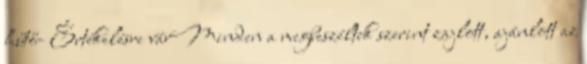
hűtő- Értékelésre várMinden a megbeszéltek szerint zajlott, ajánlott az